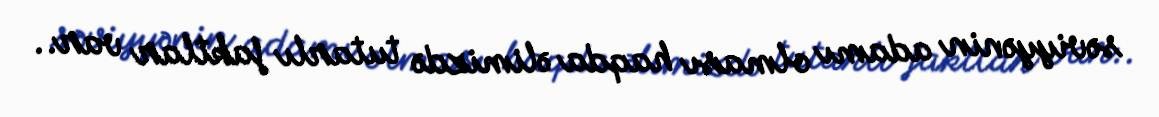
səviyyənin adamı olması haqda əlimizdə tutarlı faktlar var..